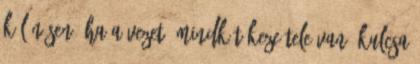
különösen, ha a vezető mindkét keze tele van, kulcsa